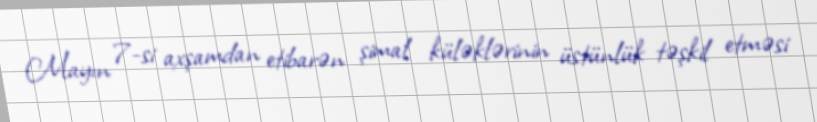
Mayın 7-si axşamdan etibarən şimal küləklərinin üstünlük təşkil etməsi